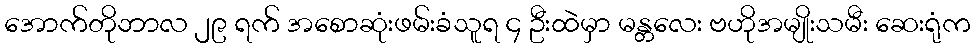
အောက်တိုဘာလ ၂၉ ရက် အစောဆုံးဖမ်းခံသူရ ၄ ဦးထဲမှာ မန္တလေး ဗဟိုအမျိုးသမီး ဆေးရုံက